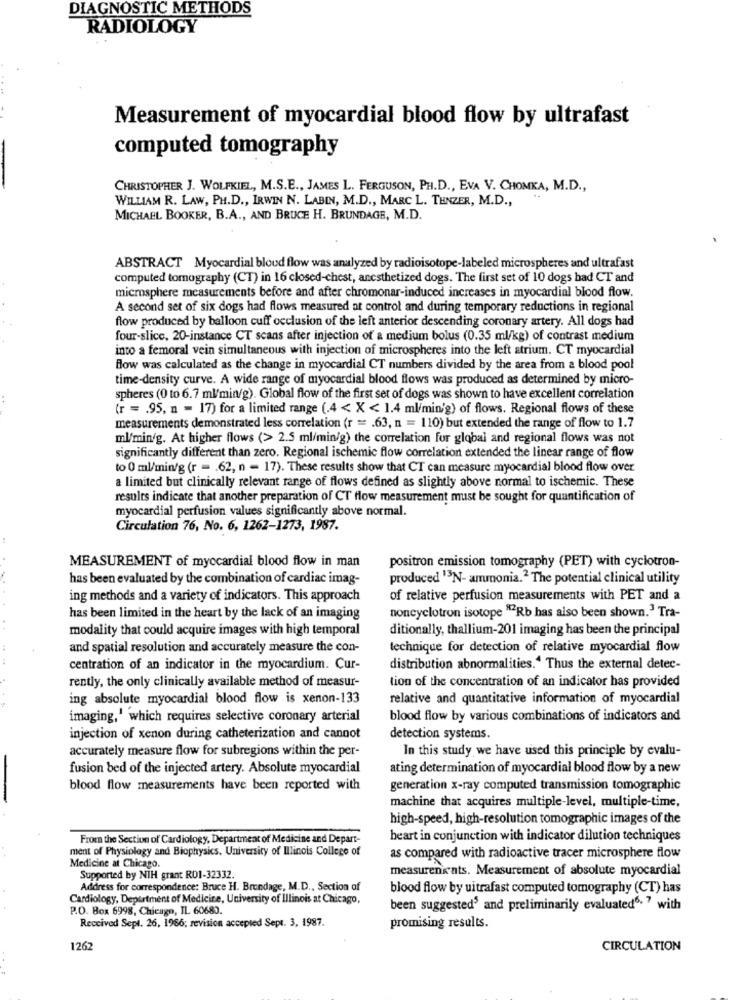
DIAGNOSTIC METHODS
RADIOLOGY
Measurement of myocardial blood flow by ultrafast
computed tomography
CHRISTOPHER J. WOLFKIEL, M.S.E ., JAMES L. FERGUSON, PH.D ., EVA V. CHOMKA, M.D .,
WILLIAM R. LAW, PH.D ., IRWIN N. LABIN, M.D ., MARC L. TENZER, M.D .,
MICHAEL BOOKER, B.A ., AND BRUCE H. BRUNDAGE, M.D.
ABSTRACT Myocardial blood flow was analyzed by radioisotope-labeled microspheres and ultrafast
computed tomography (CT) in 16 closed-chest, anesthetized dogs. The first set of 10 dogs bad CT and
microsphere measurements before and after chromonar-induced increases in myocardial blood flow.
A second set of six dogs had flows measured at control and during temporary reductions in regional
flow produced by balloon cuff occlusion of the left anterior descending coronary artery. All dogs had
four-slice, 20-instance CT scans after injection of a medium bolus (0.35 ml/kg) of contrast medium
into a femoral vein simultaneous with injection of microspheres into the left atrium. CT myocardial
Blow was calculated as the change in myocardial CT numbers divided by the area from a blood pool
time-density curve. A wide range of myocardial blood flows was produced as determined by micro-
spheres (0 to 6.7 ml/min/g). Global flow of the first set of dogs was shown to have excellent correlation
(r = . 95, n = 17) for a limited range (.4 < X < 1.4 ml/min'g) of flows. Regional flows of these
measurements demonstrated less correlation (r = . 63, n = 110) but extended the range of flow to 1.7
ml/min/g. At higher flows (> 2.5 ml/min/g) the correlation for global and regional flows was not
significantly different than zero. Regional ischemic flow correlation extended the linear range of flow
to 0 ml/min/g (r = . 62, n - 17). These results show that CT can measure myocardial blood flow over
a limited but clinically relevant range of flows defined as slightly above normal to ischemic. These
results indicate that another preparation of CT flow measurement must be sought for quantification of
myocardial perfusion values significantly above normal.
Circulation 76, No. 6, 1262-1273, 1987.
MEASUREMENT of myocardial blood flow in man
positron emission tomography (PET) with cyclotron-
has been evaluated by the combination of cardiac imag-
produced "3N- ammonia.2 The potential clinical utility
ing methods and a variety of indicators. This approach
of relative perfusion measurements with PET and a
has been limited in the heart by the lack of an imaging
noncyclotron isotope "2Rb has also been shown.' Tra-
modality that could acquire images with high temporal
ditionally, thallium-201 imaging has been the principal
and spatial resolution and accurately measure the con-
technique for detection of relative myocardial flow
centration of an indicator in the myocardium. Cur-
distribution abnormalities.4 Thus the external detec-
tion of the concentration of an indicator has provided
rently, the only clinically available method of measur-
ing absolute myocardial blood flow is xenon-133
relative and quantitative information of myocardial
imaging,' which requires selective coronary arterial
blood flow by various combinations of indicators and
injection of xenon during catheterization and cannot
detection systems.
accurately measure flow for subregions within the per-
In this study we have used this principle by evalu-
fusion bed of the injected artery. Absolute myocardial
ating determination of myocardial blood flow by a new
blood flow measurements have been reported with
generation x-ray computed transmission tomographic
machine that acquires multiple-level, multiple-time,
high-speed, high-resolution tomographic images of the
From the Section of Cardiology, Department of Medicine and Depart-
heart in conjunction with indicator dilution techniques
ment of Physiology and Biophysics, University of Illinois College of
Medicine at Chicago.
as compared with radioactive tracer microsphere flow
measuren'ats. Measurement of absolute myocardial
Supported by NIH grant R01-32332.
Address for correspondence: Bruce H. Brundage, M.D ., Section of
blood flow by uitrafast computed tomography (CT) has
Cardiology, Department of Medicine, University of Illinois at Chicago,
P.O. Box 6998, Chicago, IL 60683.
been suggested3 and preliminarily evaluated6;7 with
Received Sept. 26, 1986; revision accepted Sept. 3, 1987.
promising results.
1262
CIRCULATION